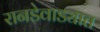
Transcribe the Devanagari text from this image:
रानडेवाड्यात